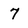
Character: 7